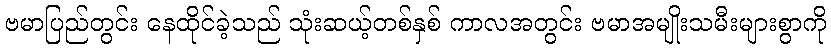
ဗမာပြည်တွင်း နေထိုင်ခဲ့သည် သုံးဆယ့်တစ်နှစ် ကာလအတွင်း ဗမာအမျိုးသမီးများစွာကို